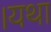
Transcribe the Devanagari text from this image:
।यथा